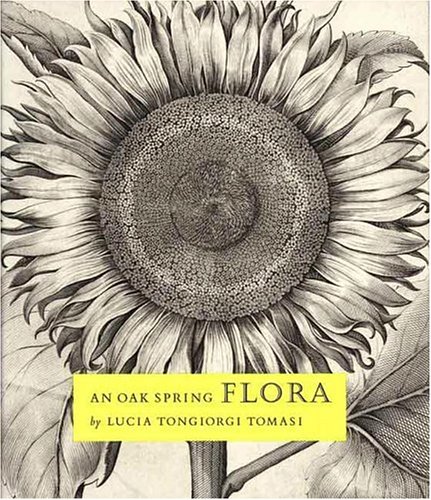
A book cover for An Oak Spring Flora: Flower Illustration from the Fifteenth Century to the Present Time- A Selection of the Rare Books, Manuscripts and Works of Art in the Collection of Rachel Lambert Mellon (Vol 3); Lucia Tongiorgi Tomasi; Arts & Photography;